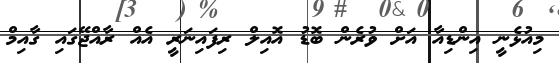
މިއުޅެނީ އިންޑިއާ އަށް ވުރެން ބޮޑު އޮއިލް ރިފައިނަރީ އެއް ރާއްޖޭގައި ގާއިމް